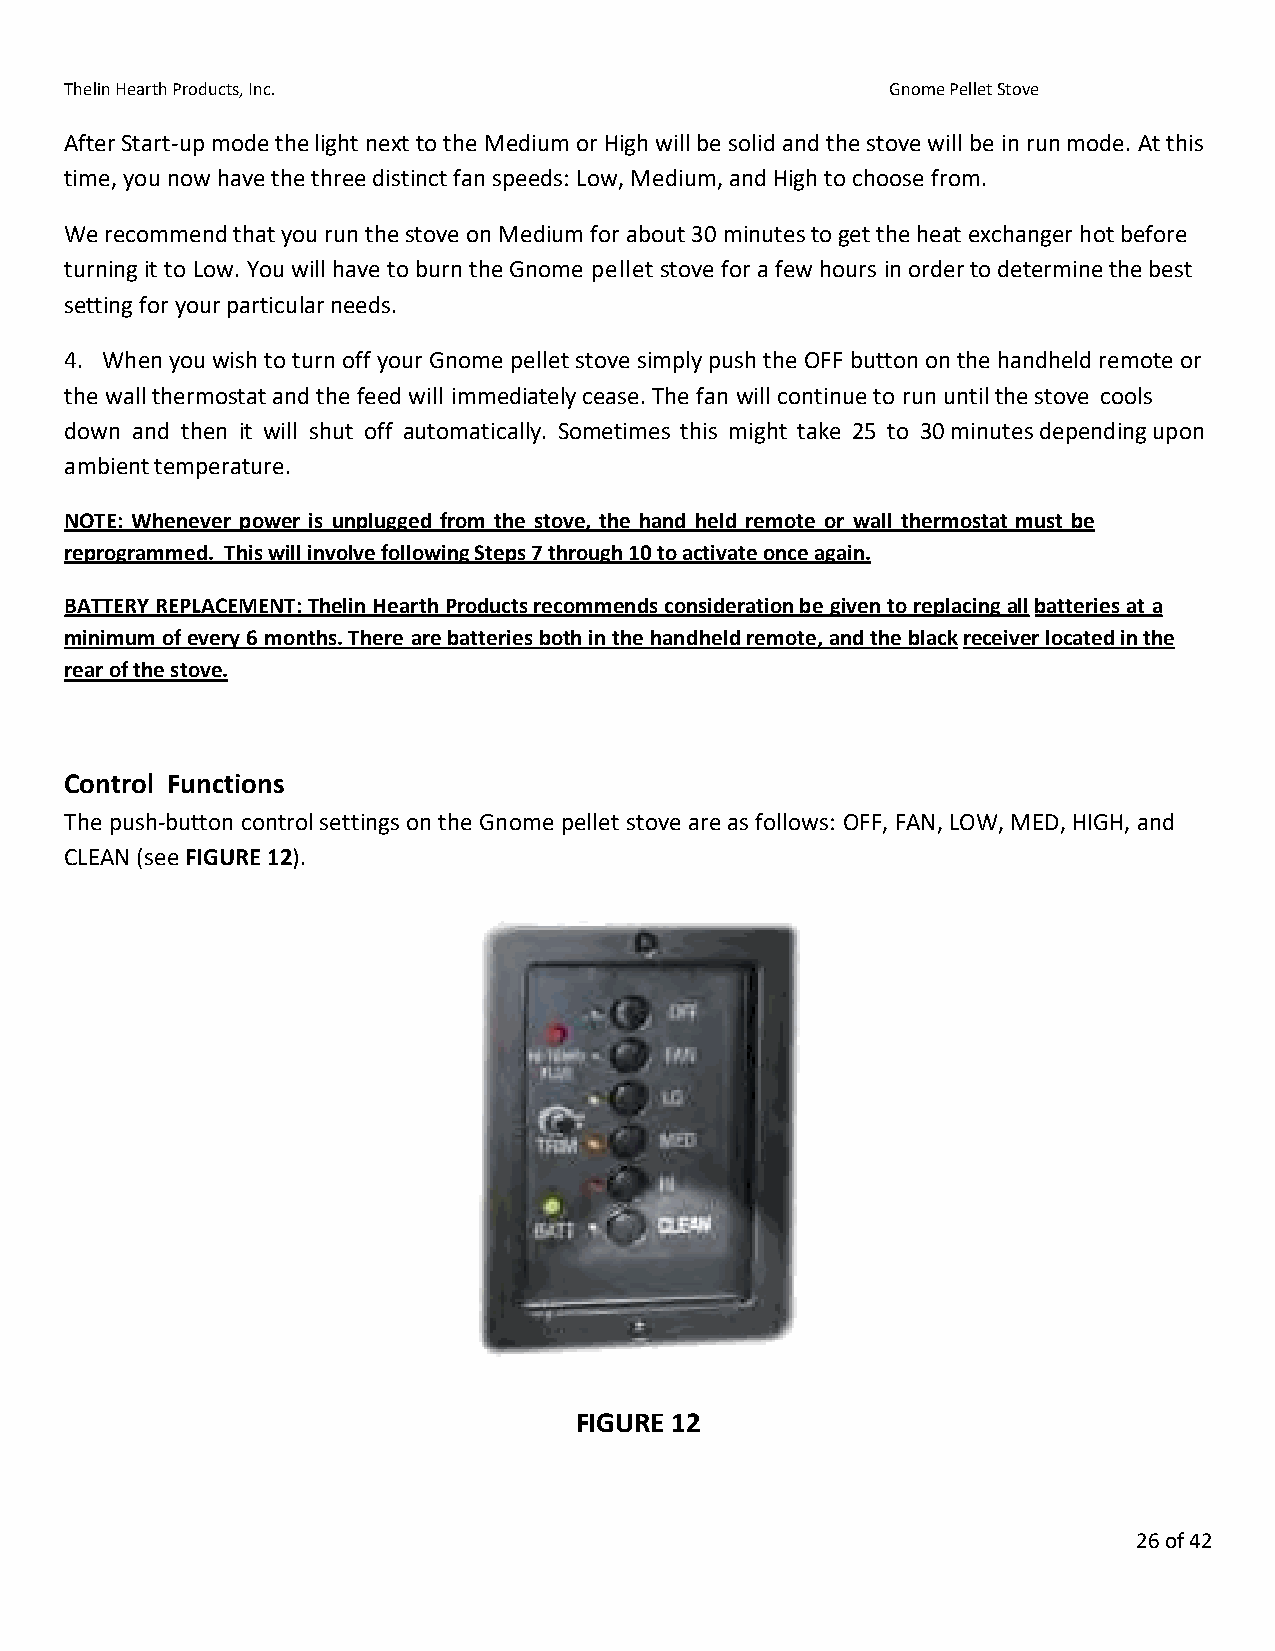
Thelin Hearth Products, Inc.                           Gnome Pellet Stove
 After Start-up mode the light next to the Medium or High will be solid and the stove will be in run mode. At this
 time, you now have the three distinct fan speeds: Low, Medium, and High to choose from.
 We recommend that you run the stove on Medium for about 30 minutes to get the heat exchanger hot before
 turning it to Low. You will have to burn the Gnome pellet stove for a few hours in order to determine the best
 setting for your particular needs.
 4. When you wish to turn off your Gnome pellet stove simply push the OFF button on the handheld remote or
 the wall thermostat and the feed will immediately cease. The fan will continue to run until the stove cools
 down and then it will shut off automatically. Sometimes this might take 25 to 30 minutes depending upon
 ambient temperature.
 NOTE: Whenever power is unplugged from the stove, the hand held remote or wall thermostat must be
 reprogrammed. This will involve following Steps 7 through 10 to activate once again.
 BATTERY REPLACEMENT: Thelin Hearth Products recommends consideration be given to replacing all batteries at a
 minimum of every 6 months. There are batteries both in the handheld remote, and the black receiver located in the
 rear of the stove.
 Control Functions
 The push-button control settings on the Gnome pellet stove are as follows: OFF, FAN, LOW, MED, HIGH, and
 CLEAN (see FIGURE 12).
 FIGURE 12
 26 of 42